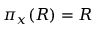
\pi _ { x } ( R ) = R